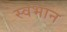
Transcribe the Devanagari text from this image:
स्वभान